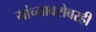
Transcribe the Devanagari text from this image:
यांच्याबरोबरही